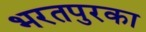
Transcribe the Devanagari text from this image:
भरतपुरका